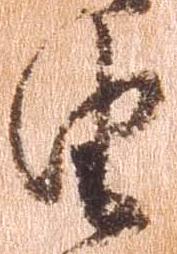
由